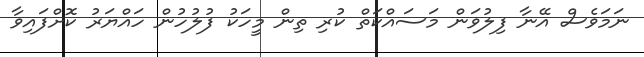
ނަމަވެސް އޭނާ ފިލުވަން މަސައްކަތް ކުރި ތިން މީހަކު ފުލުހުން ހައްޔަރު ކޮށްފައިވާ